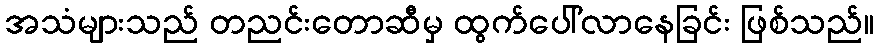
အသံများသည် တညင်းတောဆီမှ ထွက်ပေါ်လာနေခြင်း ဖြစ်သည်။